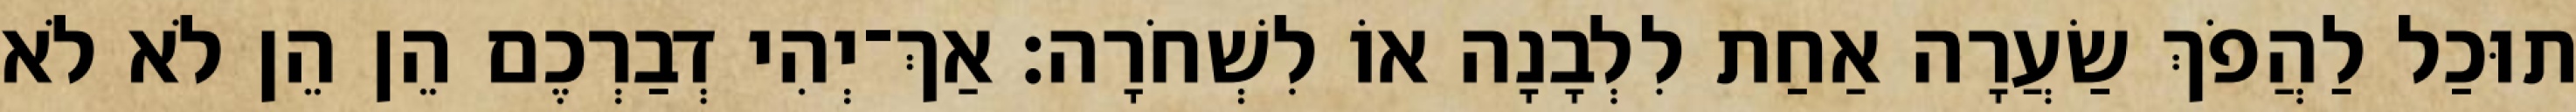
תוּכַל לַהֲפֹךְ שַׂעֲרָה אַחַת לִלְבָנָה אוֹ לִשְׁחֹרָה׃ אַךְ־יְהִי דְבַרְכֶם הֵן הֵן לֹא לֹא